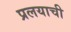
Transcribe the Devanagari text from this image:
प्रलयाची